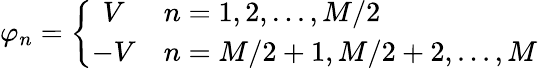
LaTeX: \varphi_{n}=\left\{ \begin{array}{cl}{V}&{n=1,2,...,M/2}\\ {-V}&{n=M/2+1,M/2+2,...,M}\end{array}\right.